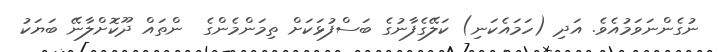
ނުގެންނަވަމުއެވެ. އަދި (ހަމައެކަނި) ކަލޭގެފާނުގެ ބަސްފުޅަކަށް ތިމަންމެންގެ  ންތައް ދޫކޮށްލާނޭ ބަޔަކު